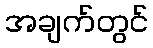
အချက်တွင်